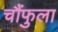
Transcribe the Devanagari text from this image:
चौंफुला